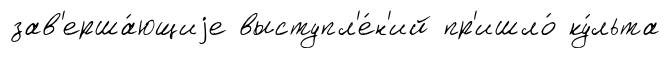
зав'ерша́ющиjе выступл'е́н'ий пр'ишло́ ку́льта